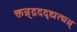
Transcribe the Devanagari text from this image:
क्तन्र्द्रददृद्यत्द्मथ्र्